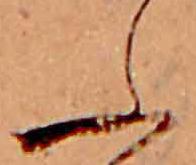
ふ